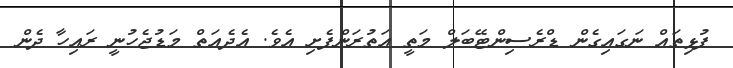
ފުޅިތައް ނަގައިގެން ޑްރެސިންޓޭބަލް މަތީ އަތުރަންފެށި އެވެ. އެދެއަތް މަޑުޖެހުނީ ރައިހާ ދެން